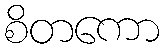
စိတကော